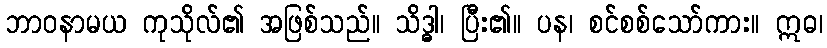
ဘာဝနာမယ ကုသိုလ်၏ အဖြစ်သည်။ သိဒ္ဓါ၊ ပြီး၏။ ပန၊ စင်စစ်သော်ကား။ ဣဓ၊